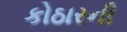
કોઠારની